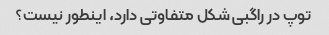
توپ در راگبی شکل متفاوتی دارد، اینطور نیست؟